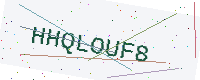
Text: HHQLOUF8